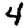
Digit: 4